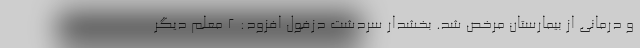
و درمانی از بیمارستان مرخص شد. بخشدار سردشت دزفول افزود: ۲ معلم دیگر